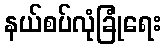
နယ်စပ်လုံခြုံရေး